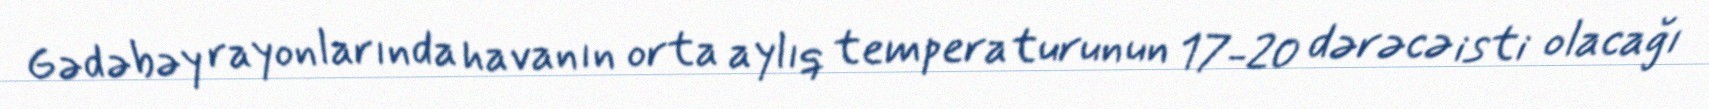
Gədəbəy rayonlarında havanın orta aylıq temperaturunun 17-20 dərəcə isti olacağı